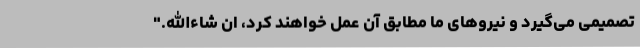
تصمیمی می‌گیرد و نیروهای ما مطابق آن عمل خواهند کرد، ان شاءالله."